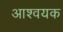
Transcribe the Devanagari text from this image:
आश्वयक